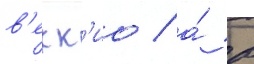
в'екк'ио / а́ в